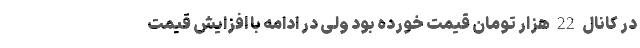
در کانال 22 هزار تومان قیمت خورده بود ولی در ادامه با افزایش قیمت